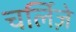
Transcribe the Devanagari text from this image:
चर्लिज़े